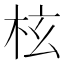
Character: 𣐙